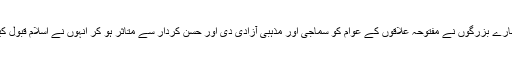
ہمارے بزرگوں نے مفتوحہ علاقوں کے عوام کو سماجی اور مذہبی آزادی دی اور حسن کردار سے متاثر ہو کر انہوں نے اسلام قبول کیا۔